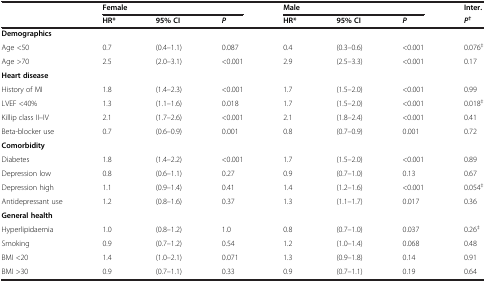
<table><thead><tr><td rowspan="2"></td><td colspan="3"><b>Female</b></td><td colspan="3"><b>Male</b></td><td><b>Inter.</b></td></tr><tr><td><b>HR*</b></td><td><b>95% CI</b></td><td><b><i>P</i></b></td><td><b>HR*</b></td><td><b>95% CI</b></td><td><b><i>P</i></b></td><td><b><i>P</i><sup>†</sup></b></td></tr></thead><tbody><tr><td><b>Demographics</b></td><td></td><td></td><td></td><td></td><td></td><td></td><td></td></tr><tr><td>Age &lt;50</td><td>0.7</td><td>(0.4–1.1)</td><td>0.087</td><td>0.4</td><td>(0.3–0.6)</td><td>&lt;0.001</td><td>0.076<sup>‡</sup></td></tr><tr><td>Age &gt;70</td><td>2.5</td><td>(2.0–3.1)</td><td>&lt;0.001</td><td>2.9</td><td>(2.5–3.3)</td><td>&lt;0.001</td><td>0.17</td></tr><tr><td><b>Heart disease</b></td><td></td><td></td><td></td><td></td><td></td><td></td><td></td></tr><tr><td>History of MI</td><td>1.8</td><td>(1.4–2.3)</td><td>&lt;0.001</td><td>1.7</td><td>(1.5–2.0)</td><td>&lt;0.001</td><td>0.99</td></tr><tr><td>LVEF &lt;40%</td><td>1.3</td><td>(1.1–1.6)</td><td>0.018</td><td>1.7</td><td>(1.5–2.0)</td><td>&lt;0.001</td><td>0.018<sup>‡</sup></td></tr><tr><td>Killip class II–IV</td><td>2.1</td><td>(1.7–2.6)</td><td>&lt;0.001</td><td>2.1</td><td>(1.8–2.4)</td><td>&lt;0.001</td><td>0.41</td></tr><tr><td>Beta-blocker use</td><td>0.7</td><td>(0.6–0.9)</td><td>0.001</td><td>0.8</td><td>(0.7–0.9)</td><td>0.001</td><td>0.72</td></tr><tr><td><b>Comorbidity</b></td><td></td><td></td><td></td><td></td><td></td><td></td><td></td></tr><tr><td>Diabetes</td><td>1.8</td><td>(1.4–2.2)</td><td>&lt;0.001</td><td>1.7</td><td>(1.5–2.0)</td><td>&lt;0.001</td><td>0.89</td></tr><tr><td>Depression low</td><td>0.8</td><td>(0.6–1.1)</td><td>0.27</td><td>0.9</td><td>(0.7–1.0)</td><td>0.13</td><td>0.67</td></tr><tr><td>Depression high</td><td>1.1</td><td>(0.9–1.4)</td><td>0.41</td><td>1.4</td><td>(1.2–1.6)</td><td>&lt;0.001</td><td>0.054<sup>‡</sup></td></tr><tr><td>Antidepressant use</td><td>1.2</td><td>(0.8–1.6)</td><td>0.37</td><td>1.3</td><td>(1.1–1.7)</td><td>0.017</td><td>0.36</td></tr><tr><td><b>General health</b></td><td></td><td></td><td></td><td></td><td></td><td></td><td></td></tr><tr><td>Hyperlipidaemia</td><td>1.0</td><td>(0.8–1.2)</td><td>1.0</td><td>0.8</td><td>(0.7–1.0)</td><td>0.037</td><td>0.26<sup>‡</sup></td></tr><tr><td>Smoking</td><td>0.9</td><td>(0.7–1.2)</td><td>0.54</td><td>1.2</td><td>(1.0–1.4)</td><td>0.068</td><td>0.48</td></tr><tr><td>BMI &lt;20</td><td>1.4</td><td>(1.0–2.1)</td><td>0.071</td><td>1.3</td><td>(0.9–1.8)</td><td>0.14</td><td>0.91</td></tr><tr><td>BMI &gt;30</td><td>0.9</td><td>(0.7–1.1)</td><td>0.33</td><td>0.9</td><td>(0.7–1.1)</td><td>0.19</td><td>0.64</td></tr></tbody></table>